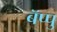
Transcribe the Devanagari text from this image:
बॅप्पु